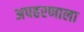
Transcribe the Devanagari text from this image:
अपहरणाला